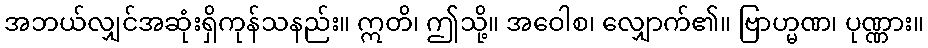
အဘယ်လျှင်အဆုံးရှိကုန်သနည်း။ ဣတိ၊ ဤသို့။ အဝေါစ၊ လျှောက်၏။ ဗြာဟ္မဏ၊ ပုဏ္ဏား။